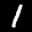
Label: 1